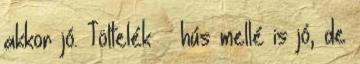
akkor jó. Töltelék hús mellé is jó, de